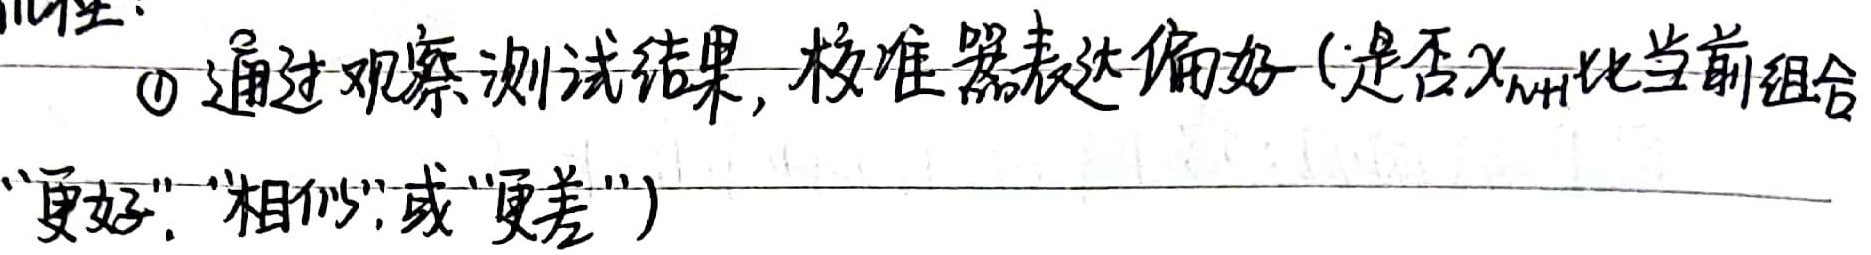
\textcircled{1} 通过观察测试结果, 校准器表达偏好(是否\(x_{n + 1}\)比当前组合
“更好”, “相似”, 或“更差”)